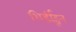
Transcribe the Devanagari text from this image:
शिर्डीहून